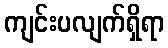
ကျင်းပလျက်ရှိရာ